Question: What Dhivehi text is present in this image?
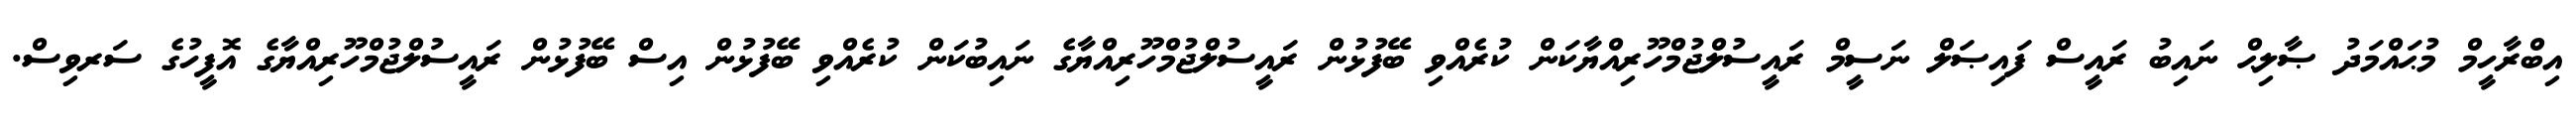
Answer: އިބްރާހީމް މުޙައްމަދު ޞާލިޙް ނައިބު ރައީސް ފައިޞަލް ނަސީމް ރައީސުލްޖުމްހޫރިއްޔާކަން ކުރެއްވި ބޭފުޅުން ރައީސުލްޖުމްހޫރިއްޔާގެ ނައިބުކަން ކުރެއްވި ބޭފުޅުން އިސް ބޭފުޅުން ރައީސުލްޖުމްހޫރިއްޔާގެ އޮފީހުގެ ސަރވިސް.